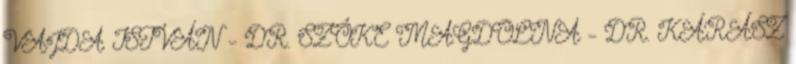
VAJDA ISTVÁN – DR. SZŐKE MAGDOLNA – DR. KÁRÁSZ